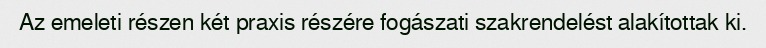
Az emeleti részen két praxis részére fogászati szakrendelést alakítottak ki.